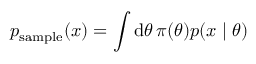
p _ { \mathrm { s a m p l e } } ( x ) = \int \mathrm d \theta \, \pi ( \theta ) p ( x \mid \theta )